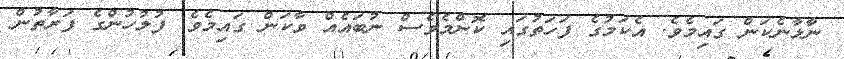
ނާޅާނެކަން ގައިމެވެ. އެކަމުގެ ފަހަތުގައި ކޮންމެވެސް ނުބައެއް ވާކަން ގައިމެވެ. ފުލުހުންގެ ފަރާތުން